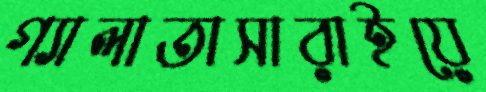
গ্যালাতাসারাইয়ে